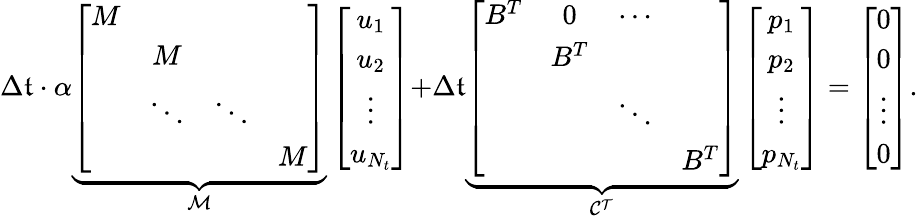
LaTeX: \Delta\mathfrak{t}\cdot\alpha\underbrace{{\left[\begin{array}{cccc}{M}&&&\\ &{M}&&\\ &{\ddots}&{\ddots}&\\ &&&{M}\end{array}\right]}}_{\mathcal{{M}}}\left[\begin{array}{c}{u_{1}}\\ {u_{2}}\\ {\vdots}\\ {u_{N_{t}}}\end{array}\right]{+}\Delta\mathfrak{t}\underbrace{{\left[\begin{array}{cccc}{B^{T}}&{0}&{\cdots}&\\ &{B^{T}}&&\\ &&{\ddots}&\\ &&&{B^{T}}\end{array}\right]}}_{\mathcal{{C^{T}}}}\left[\begin{array}{c}{p_{1}}\\ {p_{2}}\\ {\vdots}\\ {p_{N_{t}}}\end{array}\right]=\left[\begin{array}{c}{0}\\ {0}\\ {\vdots}\\ {0}\end{array}\right].